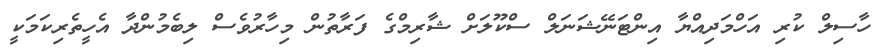
ހާސިލް ކުރި އަހްމަދިއްޔާ އިންޓަނޭޝަނަލް ސްކޫލަށް ޝާރިމްގެ ފަރާތުން މިހާރުވެސް ލިބެމުންދާ އެހީތެރިކަމަކީ